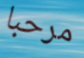
مرحبا